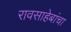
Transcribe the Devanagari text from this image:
रावसाहेबांचा